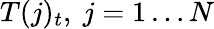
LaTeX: T(j)_{t},\ j=1\ldots N